Report on vaccination in Madras 1877-1894 - 1877-1894
Year: 1877
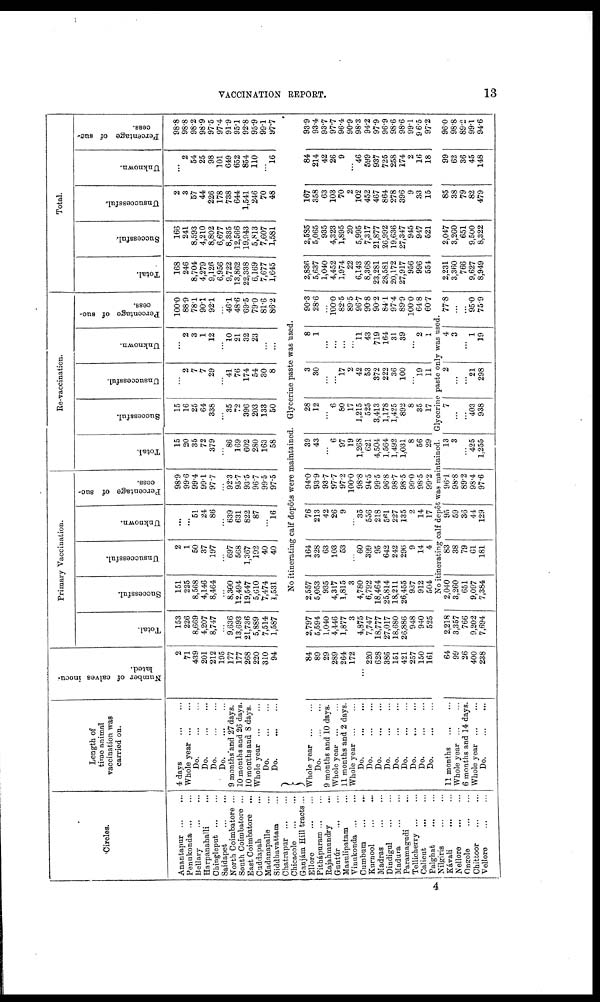
VACCINATION REPORT.
13
Circles.
Anantapur
...
...
Penukonda ... ...
Bellary
...
...
Harpanahalli ...
Chingleput
...
...
Saidapet
...
...
North Coimbatore ...
South Coimbatore ...
East Coimbatore ...
Cuddapah ...
Madanapalle ...
Siddbavattam ...
Chatrapur
...
...
Chicacole ... ...
Ganjám Hill tracts...
Ellore
...
...
Pithápurarm ... ...
Rajahmundry ...
Guntúr ... ...
Masulipatam ...
Vinukonda ... ...
Cumbum
...
...
Kurnool
...
...
Madras
...
...
Dindigul ... ...
Madura ... ...
Paramagudi ...
Tellicherry ... ...
Calicut ... ...
Palghat
...
...
Nilgiris
...
...
Kávali
...
...
Nellore
...
...
Ongole
...
...
Chittoor
...
...
Vellore
...
...
Length of
time animal
vaccination was
carried on.
4 days
...
...
Whole year
...
...
Do.
...
...
Do.
...
...
Do.
...
...
Do.
...
...
9 months and 27 days.
10 months and 26 days.
10 months and 8 days.
Whole year
...
...
Do.
...
...
Do.
...
...
Number of calves inocu-
lated.
2
71
439
201
212
195
177
177
268
220
310
94
Primary Vaccination.
Total.
153
226
8,669
4,207
8,747
...
9,636
13,693
21,736
5,889
7,514
1,587
Successful.
151
225
8,568
4,146
8,464
...
8,300
12,494
19,547
5,610
7,474
1,531
Unsuccessful.
2
1
50
37
197
...
697
568
1,367
192
40
40
Unknown.
...
...
51
24
86
...
639
631
822
87
...
l6
Percentage of suc-
cess.
98.9
99.6
99.4
99.1
97.7
...
92.3
95.7
93.5
96.7
99.5
97.5
Re-vaccination.
Total.
15
20
35
72
379
...
86
169
602
280
163
58
Successful.
15
16
25
64
338
...
35
72
396
203
133
50
Unsuccessful.
...
2
7
7
29
...
41
76
174
54
30
8
Unknown.
...
2
3
1
12
...
10
21
32
23
...
...
Percentage of suc-
cess.
100.0
88.9
78.1
90.1
92.1
...
46.1
48.6
69.5
79.0
81.6
86.2
Total.
Total.
168
246
8,704
4,279
9,126
6,956
9,722
13,862
22,338
6,169
7,677
1,645
Successful.
166
241
8,593
4,210
8,802
6,677
8,335
12,566
19,943
5,813
7,607
1,581
Unsuccessful.
2
3
57
44
226
178
738
644
1,541
246
70
48
Unknown.
...
2
54
25
98
101
649
652
854
110
...
16
Percentage of suc-
cess.
98.8
98.8
98.2
98.9
97.5
97.4
91.9
95.1
92.8
95.9
99.1
97.7
No itinerating calf depots were maintained. Glycerine paste was used.
Whole year
...
...
Do.
...
...
9 months and 10 days.
Whole year
...
...
11 months and 2 days.
Whole year
...
...
Do.
...
...
Do.
...
...
Do.
...
...
Do.
...
...
Do.
...
...
Do.
...
...
Do.
...
...
Do.
...
...
Do.
...
...
84
89
29
289
264
172
...
220
628
386
151
421
257
150
161
2,797
5,594
1,040
4,446
1,877
3
4,875
7,747
18,777
27,017
18,680
26,886
948
940
525
2,557
5,053
935
4,317
1,815
3
4,780
6,792
18,464
25,814
18,211
26,455
937
912
504
164
328
63
103
53
...
60
399
95
642
242
296
9
14
4
76
213
42
26
9
...
35
556
218
561
227
135
2
14
17
94.0
93.9
93.7
97.7
97.2
100.0
98.8
94.5
99.5
96.8
98.7
98.5
99.0
98.5
99.2
39
43
...
6
97
19
1,268
621
4,504
1,564
1,492
1,031
8
56
29
28
12
...
6
80
17
1,215
525
3,413
1,178
1,425
892
8
35
17
3
30
...
...
17
2
42
53
372
222
36
100
...
19
11
8
1
...
...
...
...
11
43
719
164
31
39
...
2
1
90.3
28.6
...
100.0 82.5
89.5
96.7
90.8
90.2
84.1
97.4
89.9
100.0
64.8
60.7
2,836
5,637
1,040
4,452
1,974
22
6,143
8,368
23,281
28,581
20,172
27,917
956
996
554
2,585
5,065
935
4,323
1,895
20
5,995
7,317
21,877
26,992
19,636
27,347
945
947
521
167
358
63
103
70
2
102
452
467
864
278
396
9
33
15
84
214
42
26
9
...
46
599
937
725
258
174
2
16
18
93.9
93.4
93.7
97.7
96.4
90.9
98.3
94.2
97.9
96.9
98.6
98.6
99.1
96.5
97.2
No itinerating calf depot was maintained. Glycerine paste only was used.
11 months
...
...
Whole year
...
...
6 months and 14 days.
Whole year
...
...
Do.
...
...
64
99
26
400
238
2,218
3,357
766
9,202
7,694
2,040
3,260
651
9,097
7,384
83
38
79
61
181
95
59
36
44
129
96.1
98.8
89.2
98.4
97.6
13
3
...
425
1,255
7
...
...
403
938
2
...
...
21
298
4
3
...
1
19
77.8
...
...
95.0
75.9
2,231
3,360
766
9,627
8,949
2,047
3,260
651
9,500
8,322
85
38
79
82
479
99
62
36
45
148
96.0
98.8
89.2
99.1
94.6
4